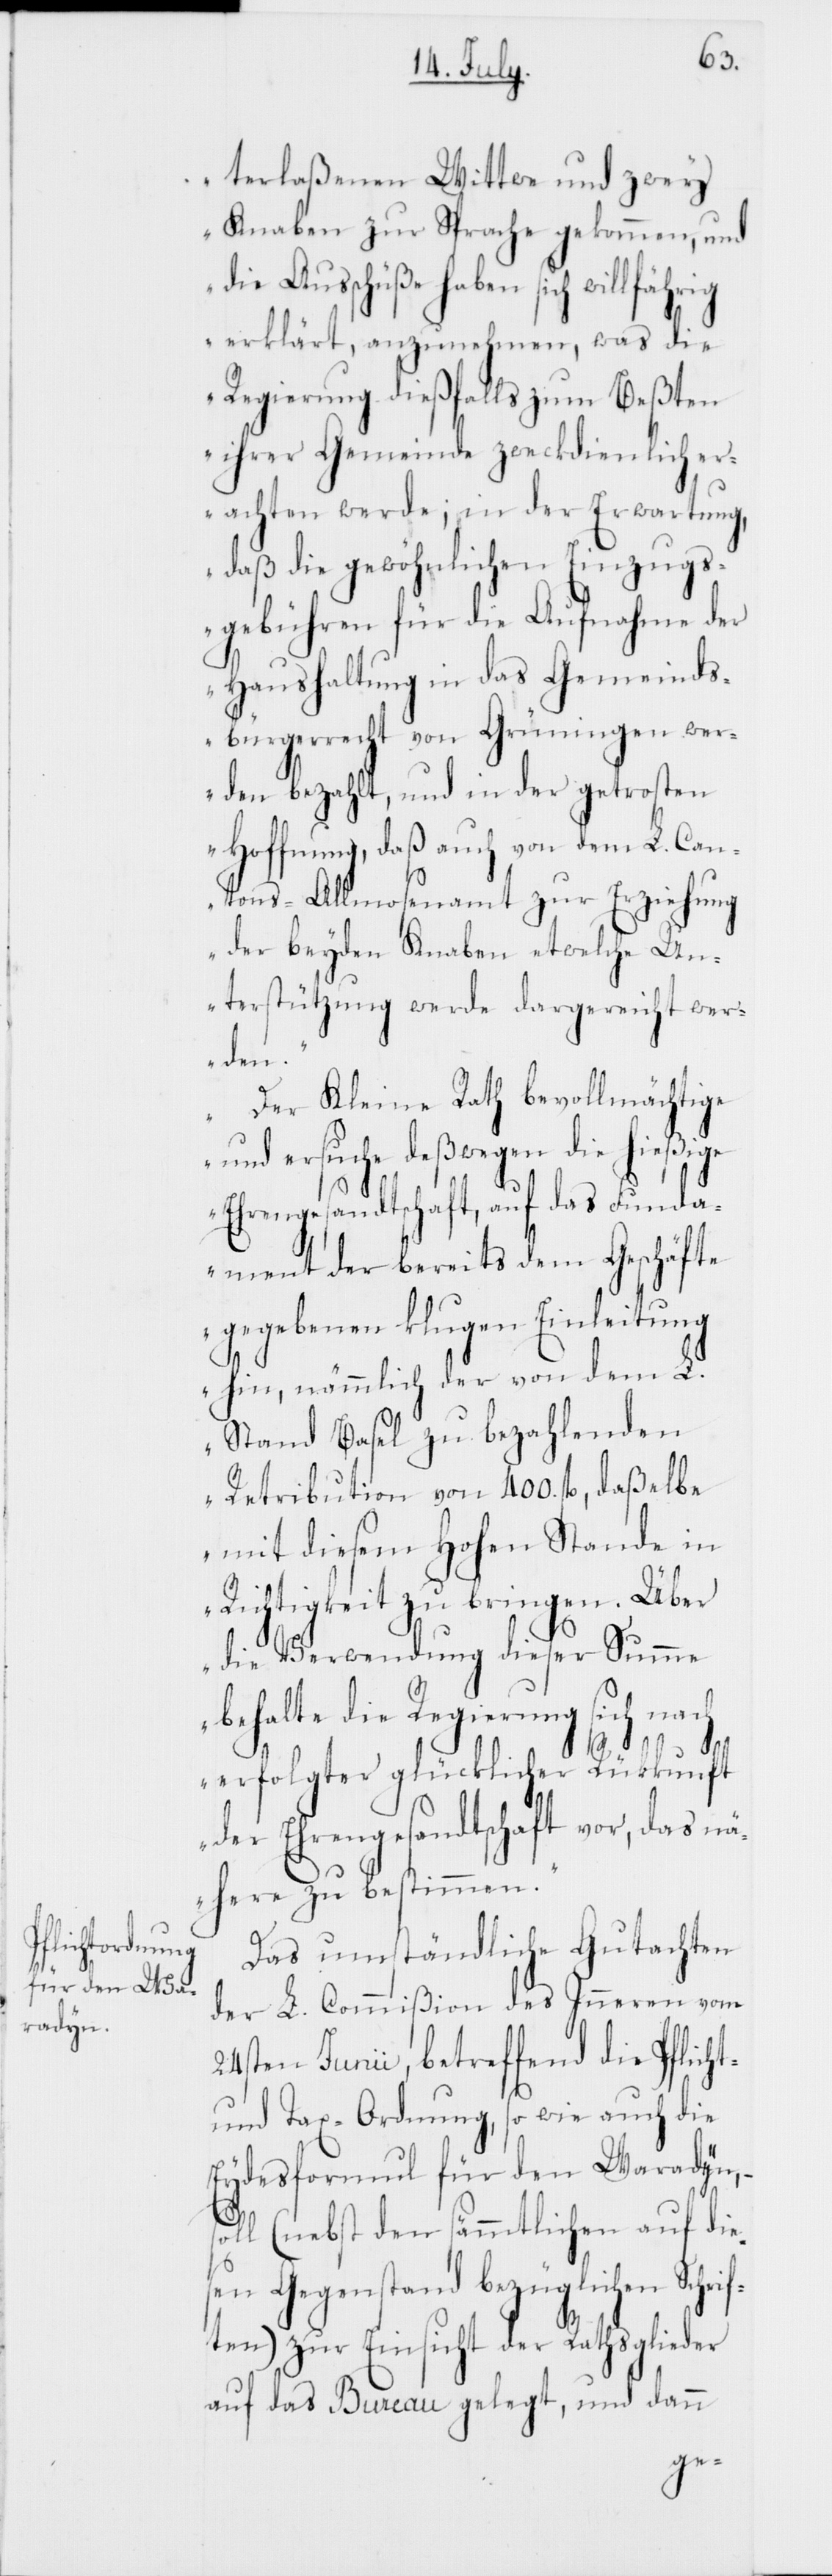
terlaßenen Wittwe und zwey
Knaben zur Sprache gekommen, und
die Ausschüße haben sich
erklärt, anzunehmen, was die
Regierung dießfalls zum Beßten
ihrer Gemeinde zweckdienlich er¬
achten werde; in der Erwartung,
s¬
daß die gewöhnlichen Ein¬
sgebühren für die Aufnahme
–
Haushaltung in das Ge¬
we¬
dsbürgerrecht von Grüning¬
rde bezahlt, und in der getrosten
Hoffnung, daß auch von dem L. Can¬
tons-Allmosenamt zur Erziehung
der beyden Knaben etwelche Un¬
terstützung werde dargereicht wer¬
den.“
„Der Kleine Rath bevollmächtige
und ersuche deßwegen die hießige
Ehrengesandtschaft, auf das Funda¬
ment der bereits dem Geschäfte
gegebenen klugen Einleitung
hin, nämmlich der von dem L.
Stand Basel zu bezahlenden
Retribution von 400. fl., daßelbe
mit diesem Hohen Stande in
Richtigkeit zu bringen. Über
die Verwendung dieser Summe
behalte die Regierung sich nach
erfolgter glücklicher Rükkunft
der Ehrengesandtschaft vor, das nä¬
here zu bestimmen.“
Das umständliche Gutachten
der L. Commißion des Inneren vom
24sten Junii, betreffend die Pflicht-
und Tax-Ordnung, so wie auch die
Eydesformul für den Waradyn,
oll (nebst den sämmtlichen auf die¬
sen Gegenstand bezüglichen Schri¬
ften) zur Einsicht der Rathsglieder
auf das Bureau gelegt, und dann
zug¬